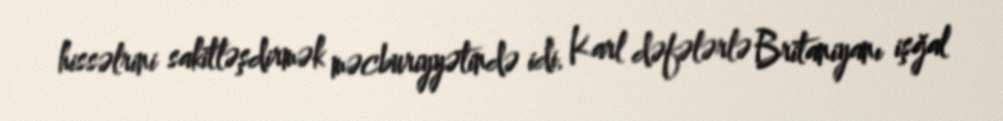
hissəlrini sakitləşdirmək məcburiyyətində idi. Karl dəfələrlə Britaniyanı işğal